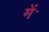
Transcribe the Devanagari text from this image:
मेंॱ